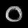
Digit: ၀